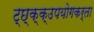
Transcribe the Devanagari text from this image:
ट्छ्क्क्उपयोगकर्ता